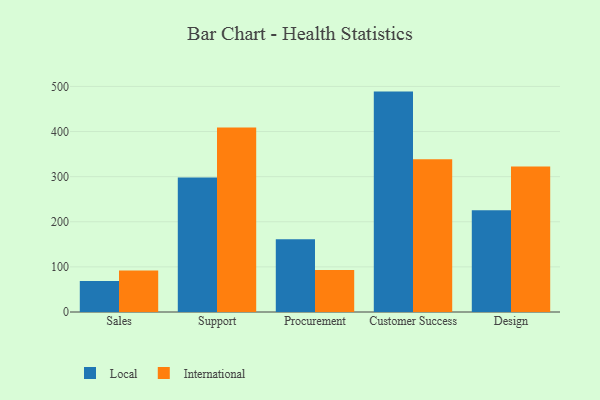
{"axis": {"x": "Department", "y": "Market Share (%)"}, "legend": ["International", "Local"], "data": [{"x": "Sales", "y": 68.7, "type": "Local"}, {"x": "Sales", "y": 91.8, "type": "International"}, {"x": "Support", "y": 298.0, "type": "Local"}, {"x": "Support", "y": 408.8, "type": "International"}, {"x": "Procurement", "y": 161.5, "type": "Local"}, {"x": "Procurement", "y": 92.9, "type": "International"}, {"x": "Customer Success", "y": 488.5, "type": "Local"}, {"x": "Customer Success", "y": 338.8, "type": "International"}, {"x": "Design", "y": 225.4, "type": "Local"}, {"x": "Design", "y": 322.6, "type": "International"}]}